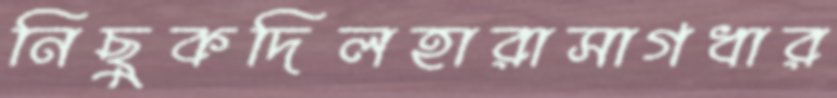
নিছুকদিলহারাসাগধার